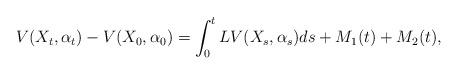
LaTeX: \begin{align*}V(X_t,\alpha_t)- V(X_0,\alpha_0)= \int_0^t L V(X_s,\alpha_s)ds+ M_1(t)+ M_2(t),\end{align*}